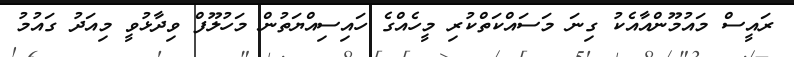
ރައީސް މައުމޫންއާއެކު ގިނަ މަސައްކަތްކުރި މީހެއްގެ ހައިސިއްޔަތުން މަހުލޫފް ވިދާޅުވީ މިއަދު ގައުމު